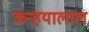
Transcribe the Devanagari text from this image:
कन्हयालाल